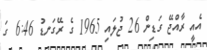
އެއީ ރާއްޖޭ ގަޑިން 26 ޖުލައި 1965 ގެ ރޭގަނޑު 6:46 ގަ